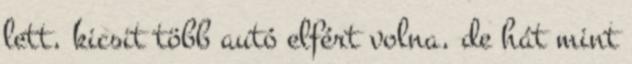
lett, kicsit több autó elfért volna, de hát mint